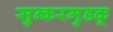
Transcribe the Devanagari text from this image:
सुन्करमुडकू